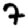
Digit: 7